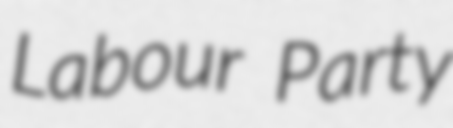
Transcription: Labour Party